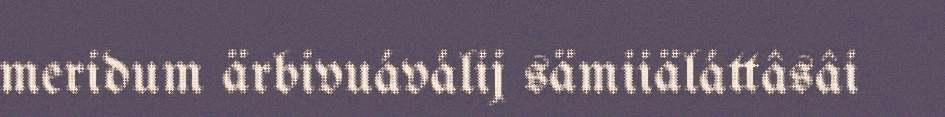
meridum ärbivuáválij sämiiäláttâsâi